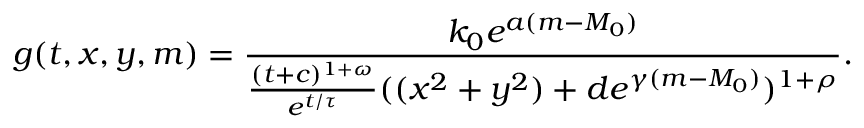
g ( t , x , y , m ) = \frac { k _ { 0 } e ^ { a ( m - M _ { 0 } ) } } { \frac { ( t + c ) ^ { 1 + \omega } } { e ^ { t / \tau } } ( ( x ^ { 2 } + y ^ { 2 } ) + d e ^ { \gamma ( m - M _ { 0 } ) } ) ^ { 1 + \rho } } .